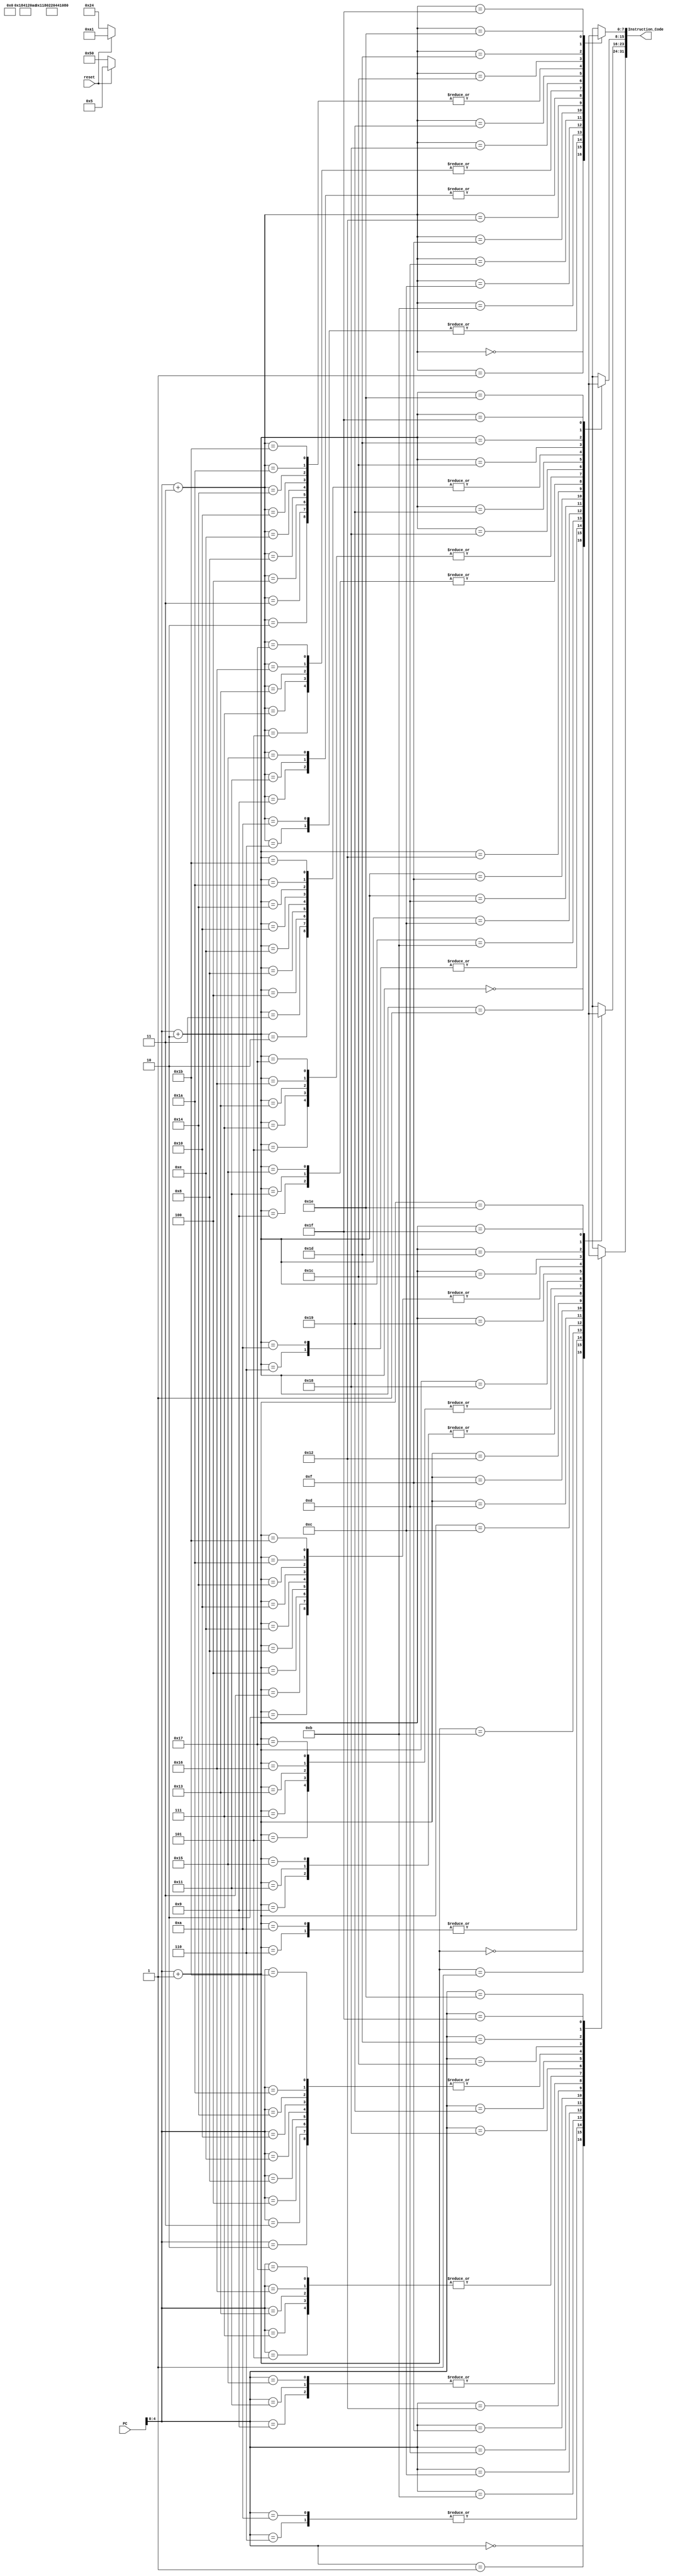
`timescale 1ns / 1ps
//////////////////////////////////////////////////////////////////////////////////
// Company: 
// Engineer: 
// 
// Design Name: 
// Module Name: inst_mem_da
// Project Name: 
// Target Devices: 
// Tool Versions: 
// Description: 
// 
// Dependencies: 
// 
// Revision:
// Revision 0.01 - File Created
// Additional Comments:
// 
//////////////////////////////////////////////////////////////////////////////////


module inst_mem_da(
    input [31:0] PC,
    input reset,
    output [31:0] Instruction_Code
    );
    
    reg [7:0] Mem [31:0]; //32 byte sized memory locations
   
assign Instruction_Code = { Mem [PC], Mem [PC+1], Mem [PC+2], Mem [PC+3]};

always @(reset)
begin

if (reset ==0)
begin 
Mem[0] = 8'b10001100; Mem[1] = 8'b00000001; Mem[2] = 8'b00000000; Mem[3] = 8'b00000000;
Mem[4] = 8'b00000000; Mem[5] = 8'b00100000; Mem[6] = 8'b00010000; Mem[7] = 8'b00100000; 
Mem[8] = 8'b00000000; Mem[9] = 8'b01000001; Mem[10] = 8'b00010000; Mem[11] = 8'b00100010;
Mem[12] = 8'b00001000; Mem[13] = 8'b01000000; Mem[14] = 8'b00000000; Mem[15] = 8'b01010000;
Mem[16] = 8'b00000000; Mem[17] = 8'b01000001; Mem[18] = 8'b00011000; Mem[19] = 8'b00100000;
Mem[20] = 8'b00000000; Mem[21] = 8'b01000001; Mem[22] = 8'b00100000; Mem[23] = 8'b00100000;
Mem[24] = 8'b10101100; Mem[25] = 8'b00100100; Mem[26] = 8'b00000000; Mem[27] = 8'b00000000;
end

//For reset = 1, initialised with given instructions
else
begin
Mem[0] = 8'b10001100; Mem[1] = 8'b00000001; Mem[2] = 8'b00000000; Mem[3] = 8'b00000000; //lw r1, 0(r0) 8C010000
Mem[4] = 8'b00000000; Mem[5] = 8'b00100000; Mem[6] = 8'b00010000; Mem[7] = 8'b00100000; //add r2,r1,r0 00201020
Mem[8] = 8'b00000000; Mem[9] = 8'b01000001; Mem[10] = 8'b00010000; Mem[11] = 8'b00100010; //sub r2,r2,r1 
Mem[12] = 8'b00001000; Mem[13] = 8'b01000000; Mem[14] = 8'b00000000; Mem[15] = 8'b00000101; //jz r2 L - address =right of 20 (10100) by 2 bits= 101
Mem[16] = 8'b00000000; Mem[17] = 8'b01000001; Mem[18] = 8'b00011000; Mem[19] = 8'b00100000; //add r3,r2,r1
Mem[20] = 8'b00000000; Mem[21] = 8'b01000001; Mem[22] = 8'b00100000; Mem[23] = 8'b00100000; //L: add r4,r2,r1
Mem[24] = 8'b1010_1100; Mem[25] = 8'b1010_0001; Mem[26] = 8'b0000_0000; Mem[27] = 8'b0000_0000; //sw r5, 0(r1) should store 14151617H in DMEM[5]
end

end

endmodule